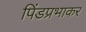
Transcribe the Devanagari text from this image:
पिंडप्रभाकर